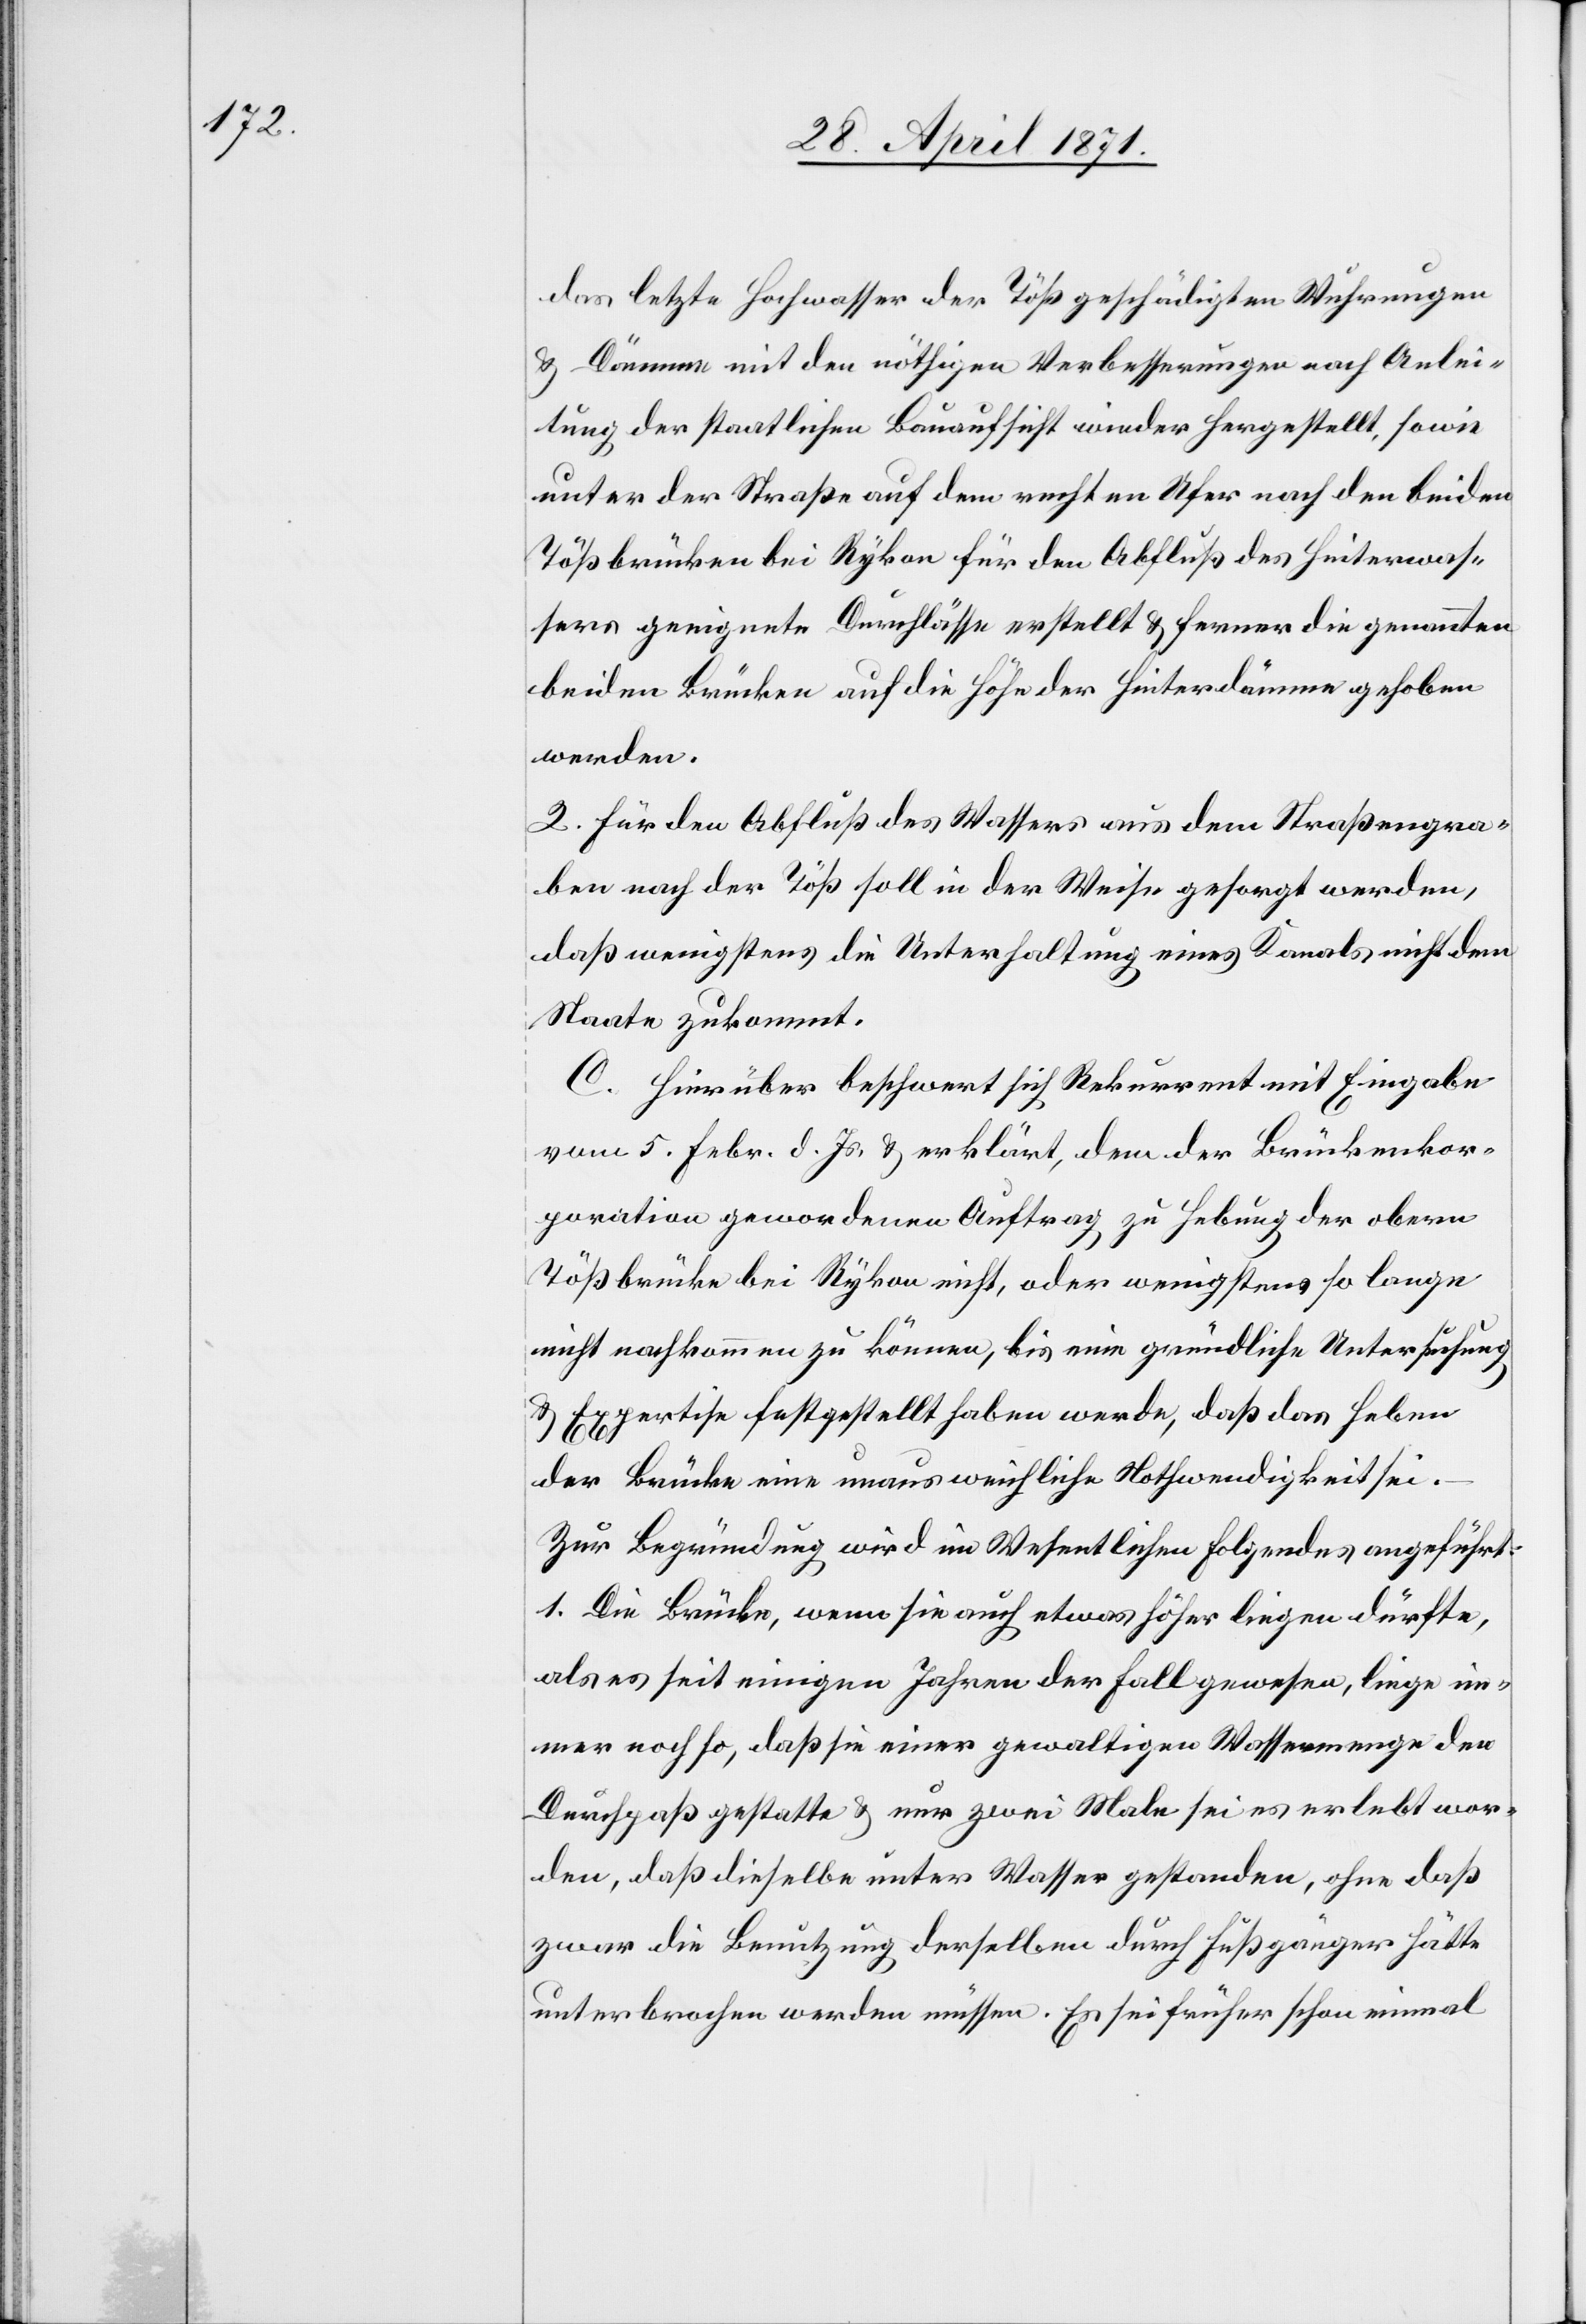
das letzte Hochwasser der Töß geschädigten Wuhrungen
u. Dämme mit den nöthigen Verbesserungen nach Anlei¬
tung der staatlichen Bauaufsicht wieder hergestellt, sowie
unter der Straße auf dem rechten Ufer nach den beiden
Tößbrücken bei Rykon für den Abfluß des Hinterwas¬
sers geeignete Durchlässe erstellt u. ferner die genannten
beiden Brücken auf die Höhe der Hinterdämme gehoben
werden.
2. Für den Abfluß des Wassers aus dem Straßengra¬
ben nach der Töß soll in der Weise gesorgt werden,
daß wenigstens die Unterhaltung eines Kanals nicht dem
Staate zukommt.
C. Hierüber beschwert sich Rekurrent mit Eingabe
vom 5. Febr. d. Js. u. erklärt, dem der Brückenkor¬
poration gewordenen Auftrag zu Hebung der obern
Tößbrücke bei Rykon nicht, oder wenigstens so lange
nicht nachkommen zu können, bis eine gründliche Untersuchung
u. Expertise festgestellt haben werde, daß das Heben
der Brücke eine unausweichliche Nothwendigkeit sei.
Zur Begründung wird im Wesentlichen folgendes angeführt:
1. Die Brücke, wenn sie auch etwas höher liegen dürfte,
als es seit einigen Jahren der Fall gewesen, liege im¬
mer noch so, daß sie einer gewaltigen Wassermenge den
Durchpaß gestatte u. nur zwei Male sei es erlebt wor¬
den, daß dieselbe unter Wasser gestanden, ohne daß
zwar die Benutzung derselben durch Fußgänger hätte
unterbrochen werden müssen. Es sei früher schon einmal